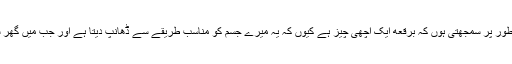
ہرات کی ایک خاتون بی بی آمنہ کہتی ہیں کہ میں ذاتی طور پر سمجھتی ہوں کہ برقعه ایک اچھی چیز ہے کیوں کہ یہ میرے جسم کو مناسب طریقے سے ڈھانپ دیتا ہے اور جب میں گھر سے باہر جاتی ہوں تو لوگ میرا جسم نہیں دیکھ سکتے ۔